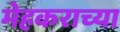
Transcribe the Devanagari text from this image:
मेहकराच्या